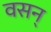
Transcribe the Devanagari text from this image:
वसन्